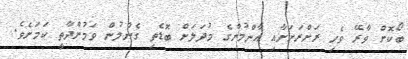
ބޯކޮށް ވާރޭ ވެހި ރަށްރަށަށާއި އާންމުންގެ މުދަލަށް ބޮޑެތި ގެންލުން ވަމުންދާތީ ކަމަށެވެ.